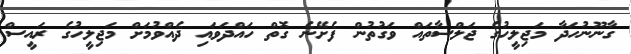
ގާނޫނުހަދާ މަޖިލީހުގެ ޖަލްސާތައް ވަގުތުން ފެށޭނެ ގޮތް ހައްދަވައި ދެއްވުމަށް މަޖިލީހުގެ ރައީސް